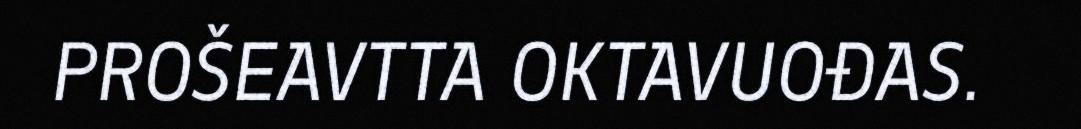
PROŠEAVTTA OKTAVUOĐAS.